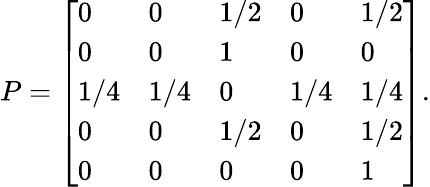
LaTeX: P={\left[\begin{array}{lllll}{0}&{0}&{1/2}&{0}&{1/2}\\ {0}&{0}&{1}&{0}&{0}\\ {1/4}&{1/4}&{0}&{1/4}&{1/4}\\ {0}&{0}&{1/2}&{0}&{1/2}\\ {0}&{0}&{0}&{0}&{1}\end{array}\right]}.